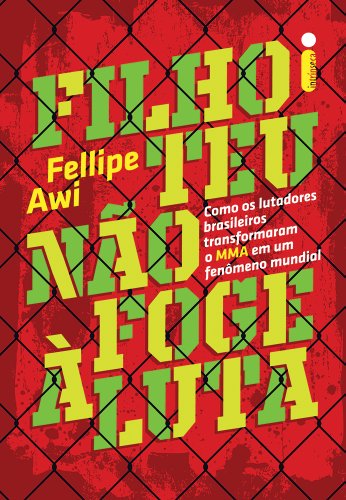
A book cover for Filho Teu Nao Foge A Luta (Em Portugues do Brasil); Fellipe Awi; Sports & Outdoors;